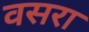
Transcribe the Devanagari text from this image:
वसरा